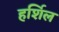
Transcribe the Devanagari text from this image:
हर्शिल